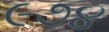
૯૭૪